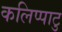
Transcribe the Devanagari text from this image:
कलिप्पाटु